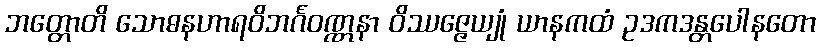
ဘတ္တောတိ သောဓနဟာရဝိဘင်္ဂဝဏ္ဏနာ ဝိဿဇ္ဇေယျုံ ယာနကထံ ဥဒကဒန္တပေါနတော